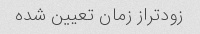
زودتراز زمان تعیین شده